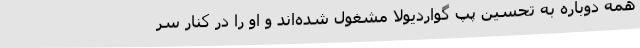
همه دوباره به تحسین پپ گواردیولا مشغول شده‌اند و او را در کنار سر